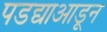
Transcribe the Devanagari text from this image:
पडद्याआडून